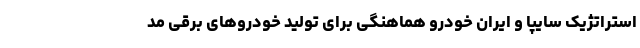
استراتژیک سایپا و ایران خودرو هماهنگی برای تولید خودروهای برقی مد